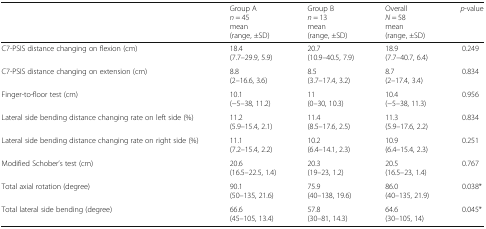
<table><thead><tr><td></td><td><b>Group A<i>n</i> = 45mean(range, ±SD)</b></td><td><b>Group B<i>n</i> = 13mean(range, ±SD)</b></td><td><b>Overall<i>N</i> = 58mean(range, ±SD)</b></td><td><b><i>p</i>-value</b></td></tr></thead><tbody><tr><td>C7-PSIS distance changing on flexion (cm)</td><td>18.4(7.7–29.9, 5.9)</td><td>20.7(10.9–40.5, 7.9)</td><td>18.9(7.7–40.7, 6.4)</td><td>0.249</td></tr><tr><td>C7-PSIS distance changing on extension (cm)</td><td>8.8(2–16.6, 3.6)</td><td>8.5(3.7–17.4, 3.2)</td><td>8.7(2–17.4, 3.4)</td><td>0.834</td></tr><tr><td>Finger-to-floor test (cm)</td><td>10.1(−5–38, 11.2)</td><td>11(0–30, 10.3)</td><td>10.4(−5–38, 11.3)</td><td>0.956</td></tr><tr><td>Lateral side bending distance changing rate on left side (%)</td><td>11.2(5.9–15.4, 2.1)</td><td>11.4(8.5–17.6, 2.5)</td><td>11.3(5.9–17.6, 2.2)</td><td>0.834</td></tr><tr><td>Lateral side bending distance changing rate on right side (%)</td><td>11.1(7.2–15.4, 2.2)</td><td>10.2(6.4–14.1, 2.3)</td><td>10.9(6.4–15.4, 2.3)</td><td>0.251</td></tr><tr><td>Modified Schober’s test (cm)</td><td>20.6(16.5–22.5, 1.4)</td><td>20.3(19–23, 1.2)</td><td>20.5(16.5–23, 1.4)</td><td>0.767</td></tr><tr><td>Total axial rotation (degree)</td><td>90.1(50–135, 21.6)</td><td>75.9(40–138, 19.6)</td><td>86.0(40–135, 21.9)</td><td>0.038*</td></tr><tr><td>Total lateral side bending (degree)</td><td>66.6(45–105, 13.4)</td><td>57.8(30–81, 14.3)</td><td>64.6(30–105, 14)</td><td>0.045*</td></tr></tbody></table>